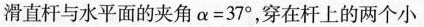
滑直杆与水平面的夹角 $$α = 3 7 °$$，穿在杆上的两个小